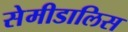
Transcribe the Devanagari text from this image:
सेमीडालिस